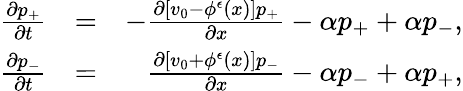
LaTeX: \begin{array}{rlr}{\frac{\partial p_{+}}{\partial t}}&{=}&{-\frac{\partial[v_{0}-\phi^{\epsilon}(x)]p_{+}}{\partial x}-\alpha p_{+}+\alpha p_{-},}\\ {\frac{\partial p_{-}}{\partial t}}&{=}&{\frac{\partial[v_{0}+\phi^{\epsilon}(x)]p_{-}}{\partial x}-\alpha p_{-}+\alpha p_{+},}\end{array}